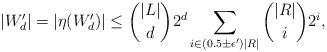
LaTeX: \begin{align*}|W'_d| = |\eta(W'_d)| \leq \binom{|L|}{d}2^{d}\sum_{i \in (0.5\pm\epsilon')|R|} \binom{|R|}{i} 2^{i},\end{align*}